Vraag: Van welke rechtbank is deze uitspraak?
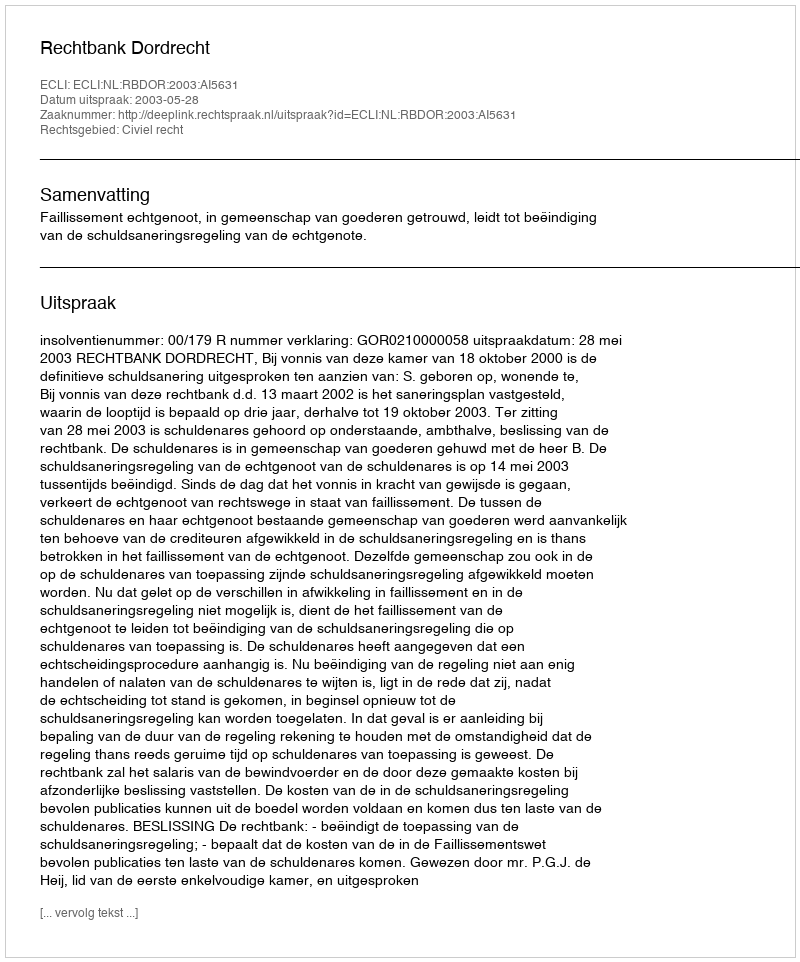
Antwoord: Rechtbank Dordrecht